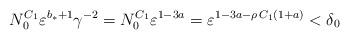
LaTeX: \begin{align*}N_0^{C_1} \varepsilon^{b_*+1} \gamma^{-2}=N_0^{C_1} \varepsilon^{1-3 a}=\varepsilon^{1-3 a-\rho\,C_1 (1+a)}<\delta_0\end{align*}